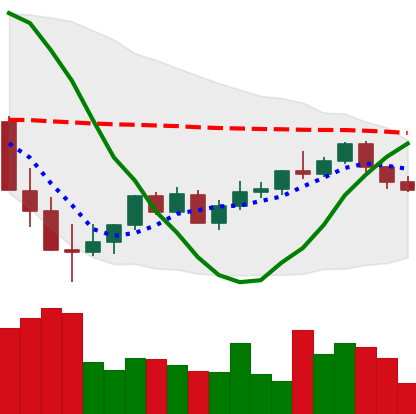
Ticker: XMR-USD
Chart end date: 2022-05-28
Forward return: 14.633%
Label: up_7plus